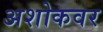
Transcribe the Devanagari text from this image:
अशोकवर